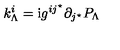
k _ { \Lambda } ^ { i } = \mathrm { { i } } g ^ { i j ^ { \star } } \partial _ { j ^ { \star } } P _ { \Lambda }